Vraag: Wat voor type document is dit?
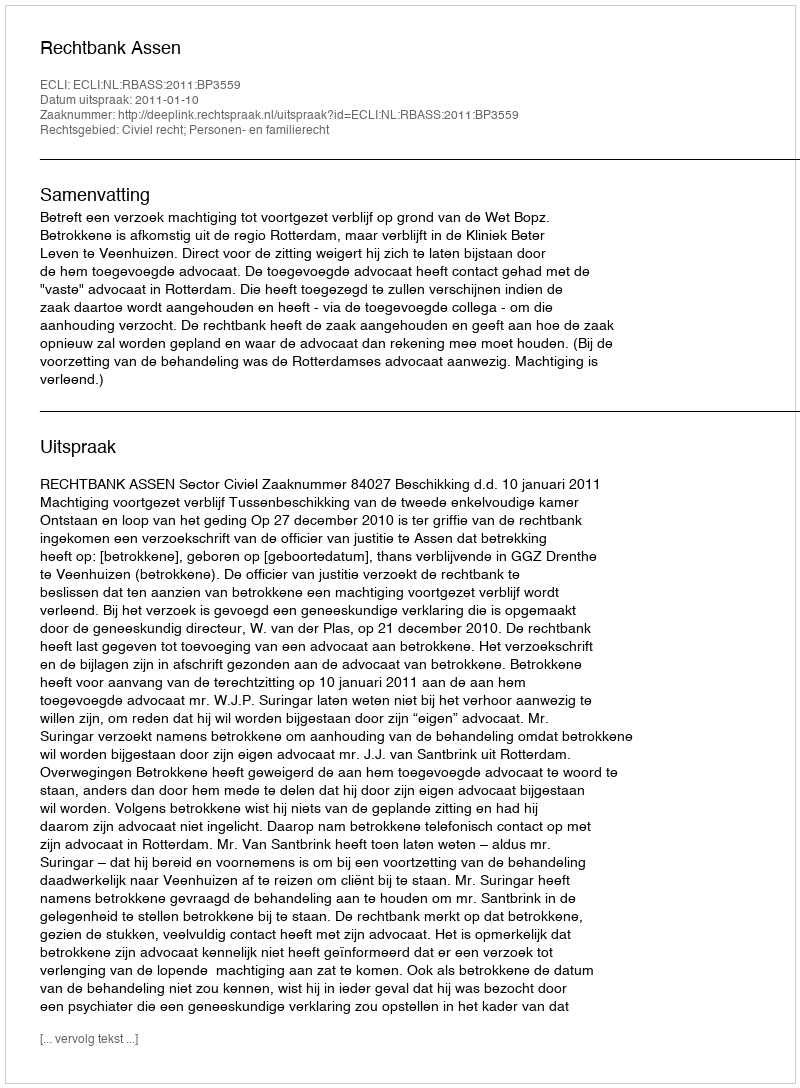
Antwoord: Uitspraak